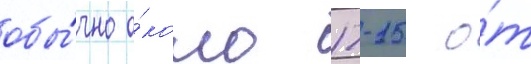
обы́чно о́коло 12-15 о́т